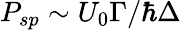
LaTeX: P_{sp}\sim U_{0}\Gamma/\hbar\Delta